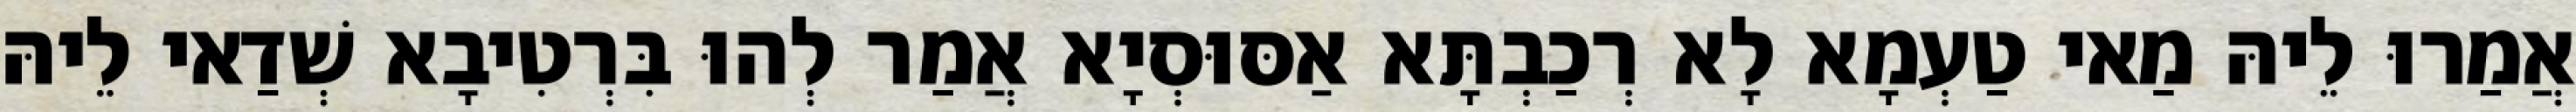
אֲמַרוּ לֵיהּ מַאי טַעְמָא לָא רְכַבְתָּא אַסּוּסְיָא אֲמַר לְהוּ בִּרְטִיבָא שְׁדַאי לֵיהּ